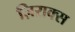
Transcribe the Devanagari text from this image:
ज़िराक्स